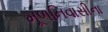
મૂળનિવાસીના